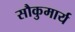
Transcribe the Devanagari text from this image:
सौकुमार्य